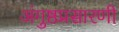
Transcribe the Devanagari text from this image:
अंगुष्ठप्रसारणी